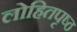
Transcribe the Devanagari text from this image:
लोहितपृष्ठ